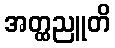
အတ္ထညူတိ